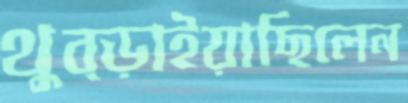
থুব্‌ড়াইয়াছিলেন